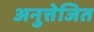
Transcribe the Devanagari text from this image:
अनुत्तेजित